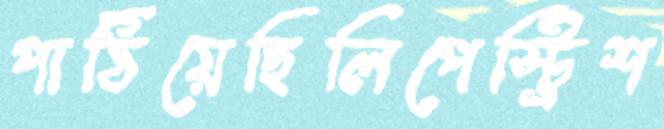
পাঠিয়েছিলিপেস্ট্রিশ